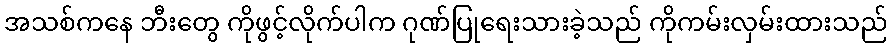
အသစ်ကနေ ဘီးတွေ ကိုဖွင့်လိုက်ပါက ဂုဏ်ပြုရေးသားခဲ့သည် ကိုကမ်းလှမ်းထားသည်